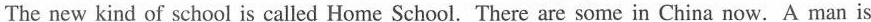
The new kind of school is called Home School. There are some in China now. A man is